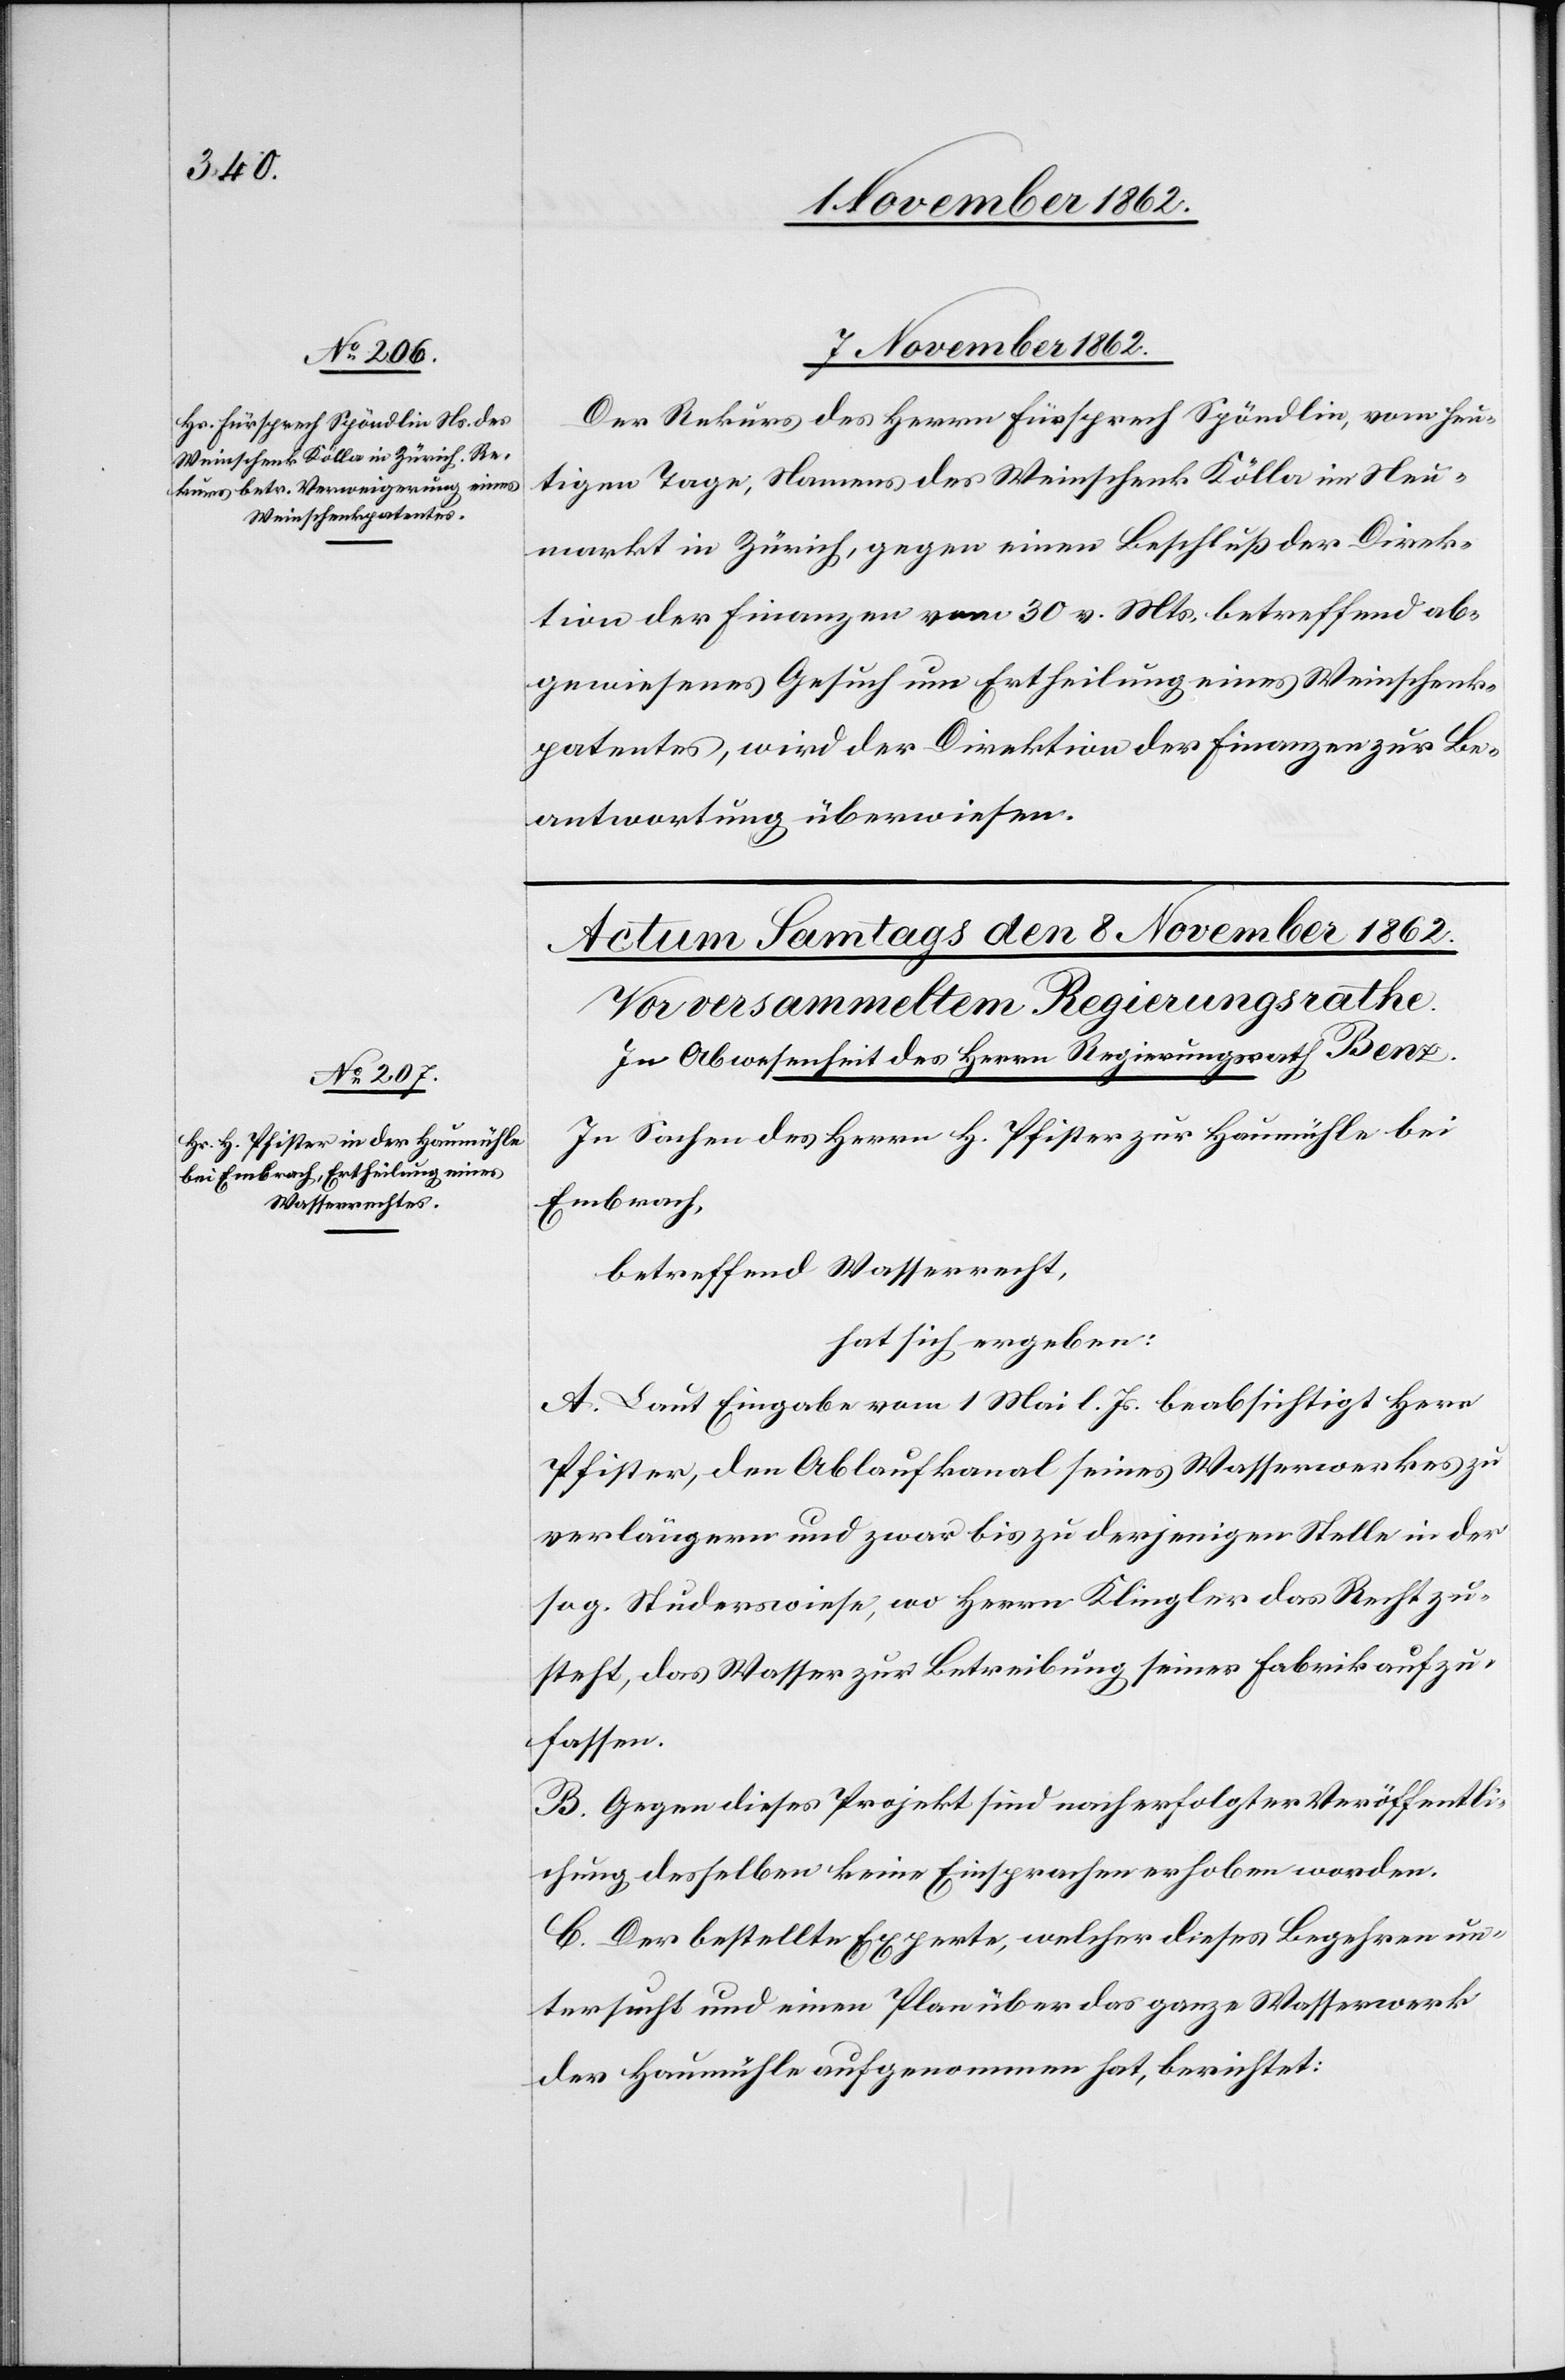
7. November 1862.
Der Rekurs des Herrn Fürsprech Spöndlin, vom heu¬
tigen Tage, Namens des Weinschenk Kölla im Neu¬
markt in Zürich, gegen einen Beschluß der Direk¬
tion der Finanzen vom 30. v. Mts. betreffend ab¬
gewiesenes Gesuch um Ertheilung eines Weinschenk¬
patentes, wird der Direktion der Finanzen zur Be¬
antwortung überwiesen.
In Sachen des Herrn H. Pfister zur Haumühle bei
Embrach,
betreffend Wasserrecht,
hat sich ergeben:
A. Laut Eingabe vom 1. Mai l. Js. beabsichtigt Herr
Pfister, den Ablaufkanal seines Wasserwerkes zu
verlängern und zwar bis zu derjenigen Stelle in der
sog. Studerwiese, wo Herr Klingler das Recht zu¬
steht, das Wasser zur Betreibung seiner Fabrik aufzu¬
fassen.
B. Gegen dieses Projekt sind nach erfolgter Veröffentli¬
chung desselben keine Einsprachen erhoben worden.
C. Der bestellte Experte, welcher dieses Begehren un¬
tersucht und einen Plan über das ganze Wasserwerk
der Haumühle aufgenommen hat, berichtet: